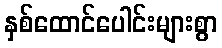
နှစ်ထောင်ပေါင်းများစွာ